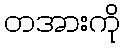
တအားကို